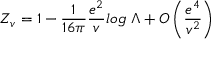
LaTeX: Z _ { v } = 1 - \frac { 1 } { 1 6 \pi } \frac { e ^ { 2 } } { v } l o g \; \Lambda + O \left( \frac { e ^ { 4 } } { v ^ { 2 } } \right)